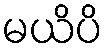
မယိပိ